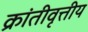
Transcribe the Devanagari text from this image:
क्रांतीवृत्तीय